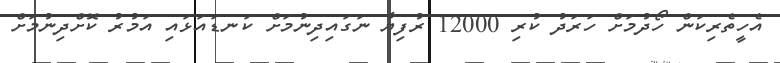
އެހީތެރިކަން ހޯދުމަށް ހަރަދު ކުރި 12000 ރުފިޔާ ނަގައިދިނުމަށް ކަނޑައަޅައި އަމުރު ކޮށްދިނުމަށް